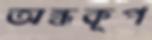
অন্ধকূপ